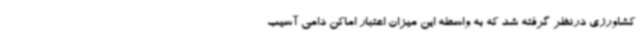
کشاورزی درنظر گرفته شد که به واسطه این میزان اعتبار اماکن دامی آسیب